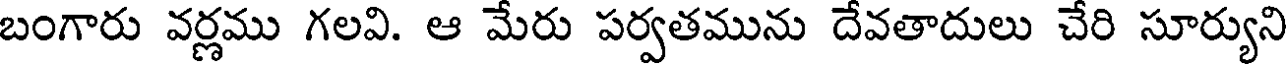
బంగారు వర్ణము గలవి. ఆ మేరు పర్వతమును దేవతాదులు చేరి సూర్యుని